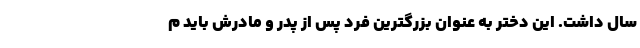
سال داشت. این دختر به عنوان بزرگترین فرد پس از پدر و مادرش باید م